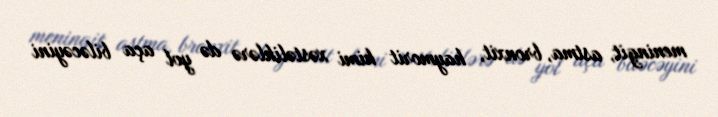
meningit, astma, bronxit, haymorit kimi xəstəliklərə də yol aça biləcəyini